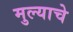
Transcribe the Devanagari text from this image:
मुल्याचे